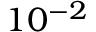
1 0 ^ { - 2 }